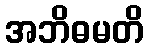
အဘိဓမတိ